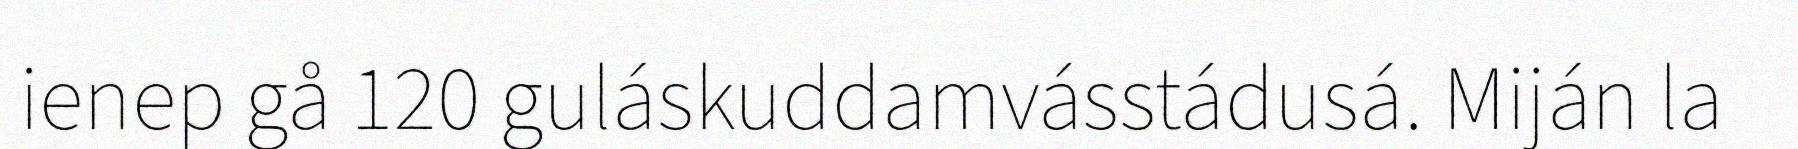
ienep gå 120 guláskuddamvásstádusá. Miján la